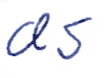
Text: as
Cross-out: clean
Writing tool: ballpoint